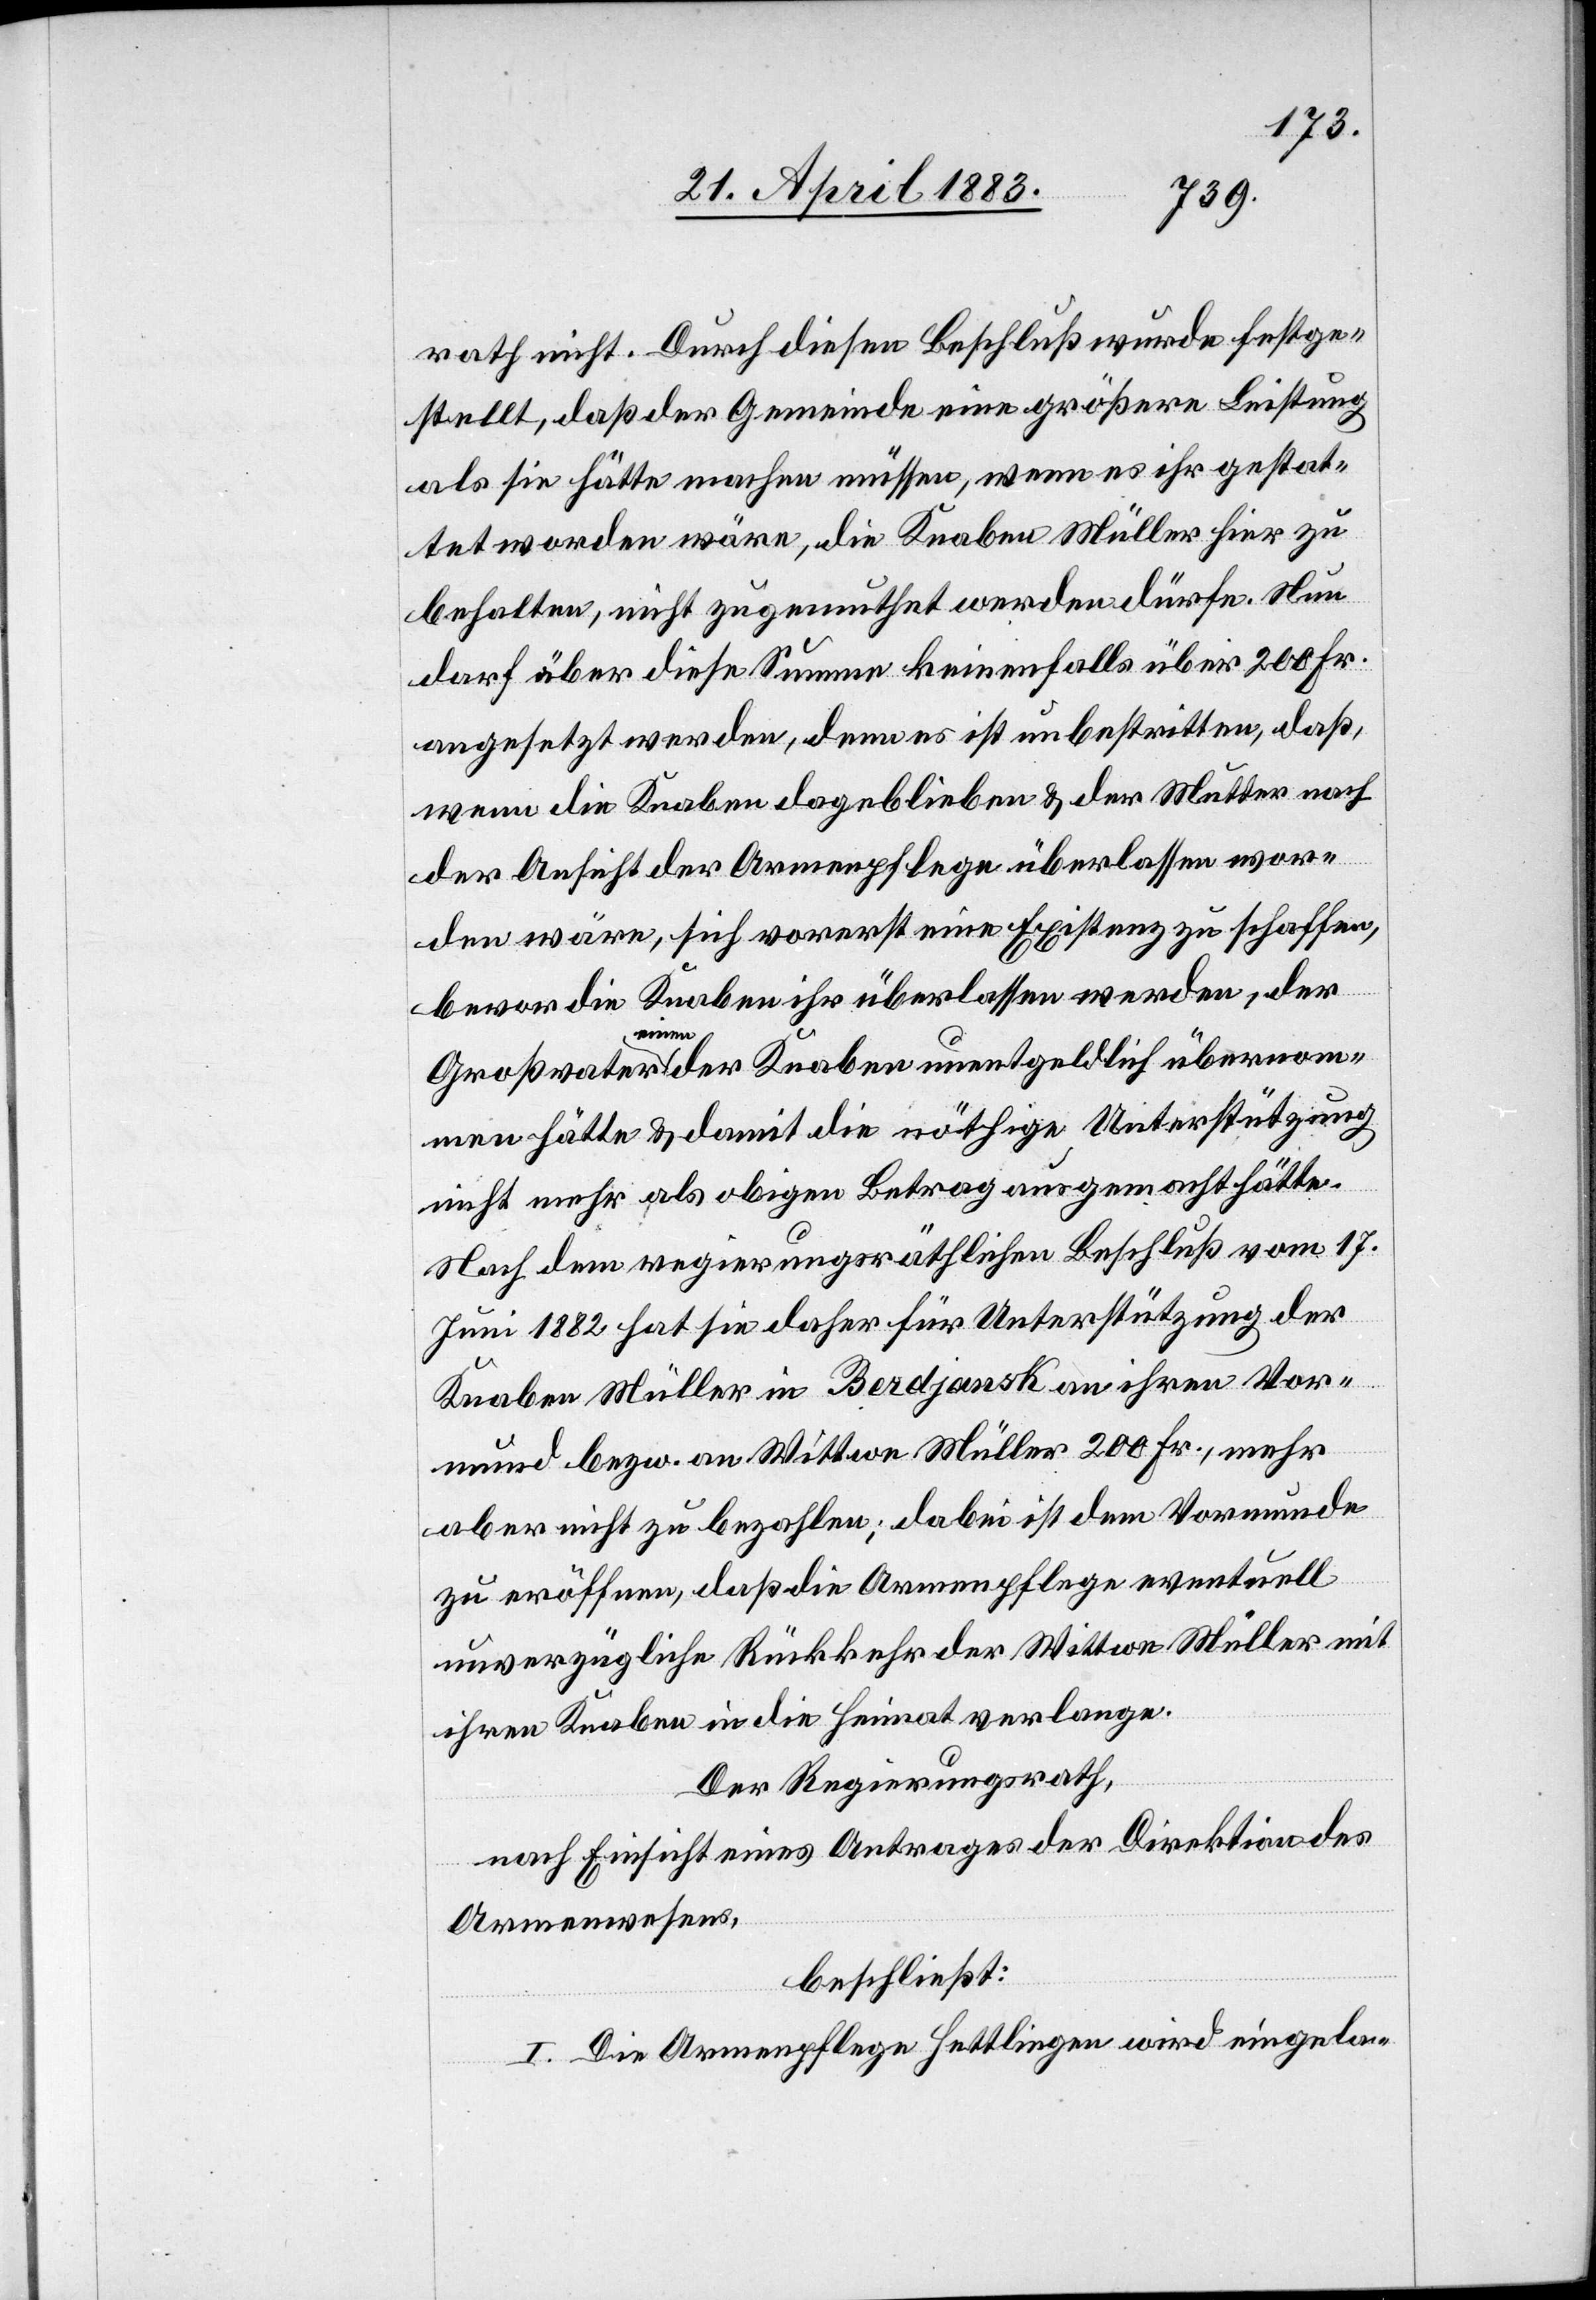
rath nicht. Durch diesen Beschluß wurde festge¬
stellt, daß der Gemeinde eine größere Leistung
als sie hätte machen müssen, wenn es ihr gestat¬
tet worden wäre, die Knaben Müller hier zu
behalten, nicht zugemuthet werden dürfe. Nun
darf aber diese Summe keinenfalls über 200 Fr.
angesetzt werden, denn es ist unbestritten, daß,
wenn die Knaben dageblieben & der Mutter nach
der Ansicht der Armenpflege überlassen wor¬
den wäre, sich vorerst eine Existenz zu schaffen,
bevor die Knaben ihr überlassen werden, der
Großvater einen der Knaben unentgeldlich übernom¬
men hätte & damit die nöthige Unterstützung
nicht mehr als obigen Betrag ausgemacht hätte.
Nach dem regierungsräthlichen Beschluß vom 17.
Juni 1882 hat sie daher für Unterstützung der
Knaben Müller in Berdjansk an ihren Vor¬
mund bezw. an Wittwe Müller 200 fr., mehr
aber nicht zu bezahlen; dabei ist dem Vormunde
zu eröffnen, daß die Armenpflege eventuell
unverzügliche Rückkehr der Wittwe Müller mit
ihren Knaben in die Heimat verlange.
Der Regierungsrath,
nach Einsicht eines Antrages der Direktion des
Armenwesens,
beschließt:
I. Die Armenpflege Hettlingen wird eingela-